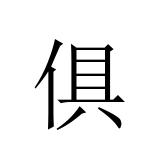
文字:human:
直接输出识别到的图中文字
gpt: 俱